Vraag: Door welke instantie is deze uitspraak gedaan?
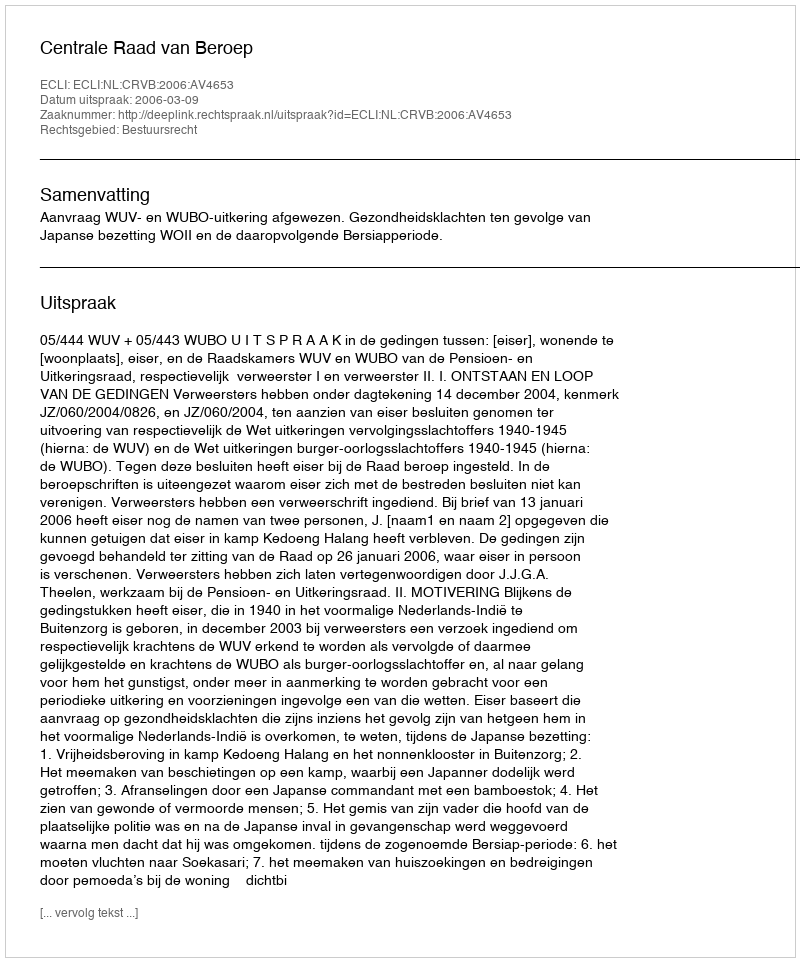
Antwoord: Centrale Raad van Beroep